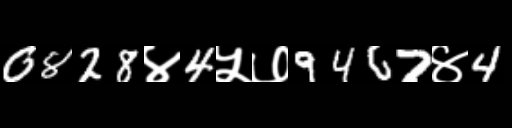
Text: 0828४4५७9467४4